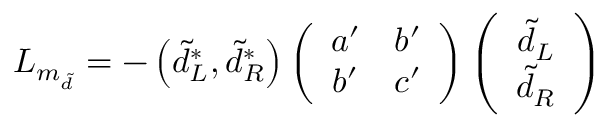
{ \cal L } _ { m _ { \tilde { d } } } = - \left( \tilde { d } _ { L } ^ { \ast } , \tilde { d } _ { R } ^ { \ast } \right) \left( \begin{array} { c c } { { a ^ { \prime } } } & { { b ^ { \prime } } } \\ { { b ^ { \prime } } } & { { c ^ { \prime } } } \end{array} \right) \left( \begin{array} { c } { { \tilde { d } _ { L } } } \\ { { \tilde { d } _ { R } } } \end{array} \right)